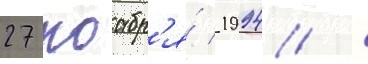
27 ноабр'я́ 1994 /